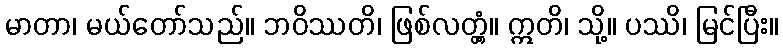
မာတာ၊ မယ်တော်သည်။ ဘဝိဿတိ၊ ဖြစ်လတ္တံ့။ ဣတိ၊ သို့။ ပဿိ၊ မြင်ပြီး။